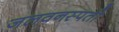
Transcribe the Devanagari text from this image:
जलवनस्पती